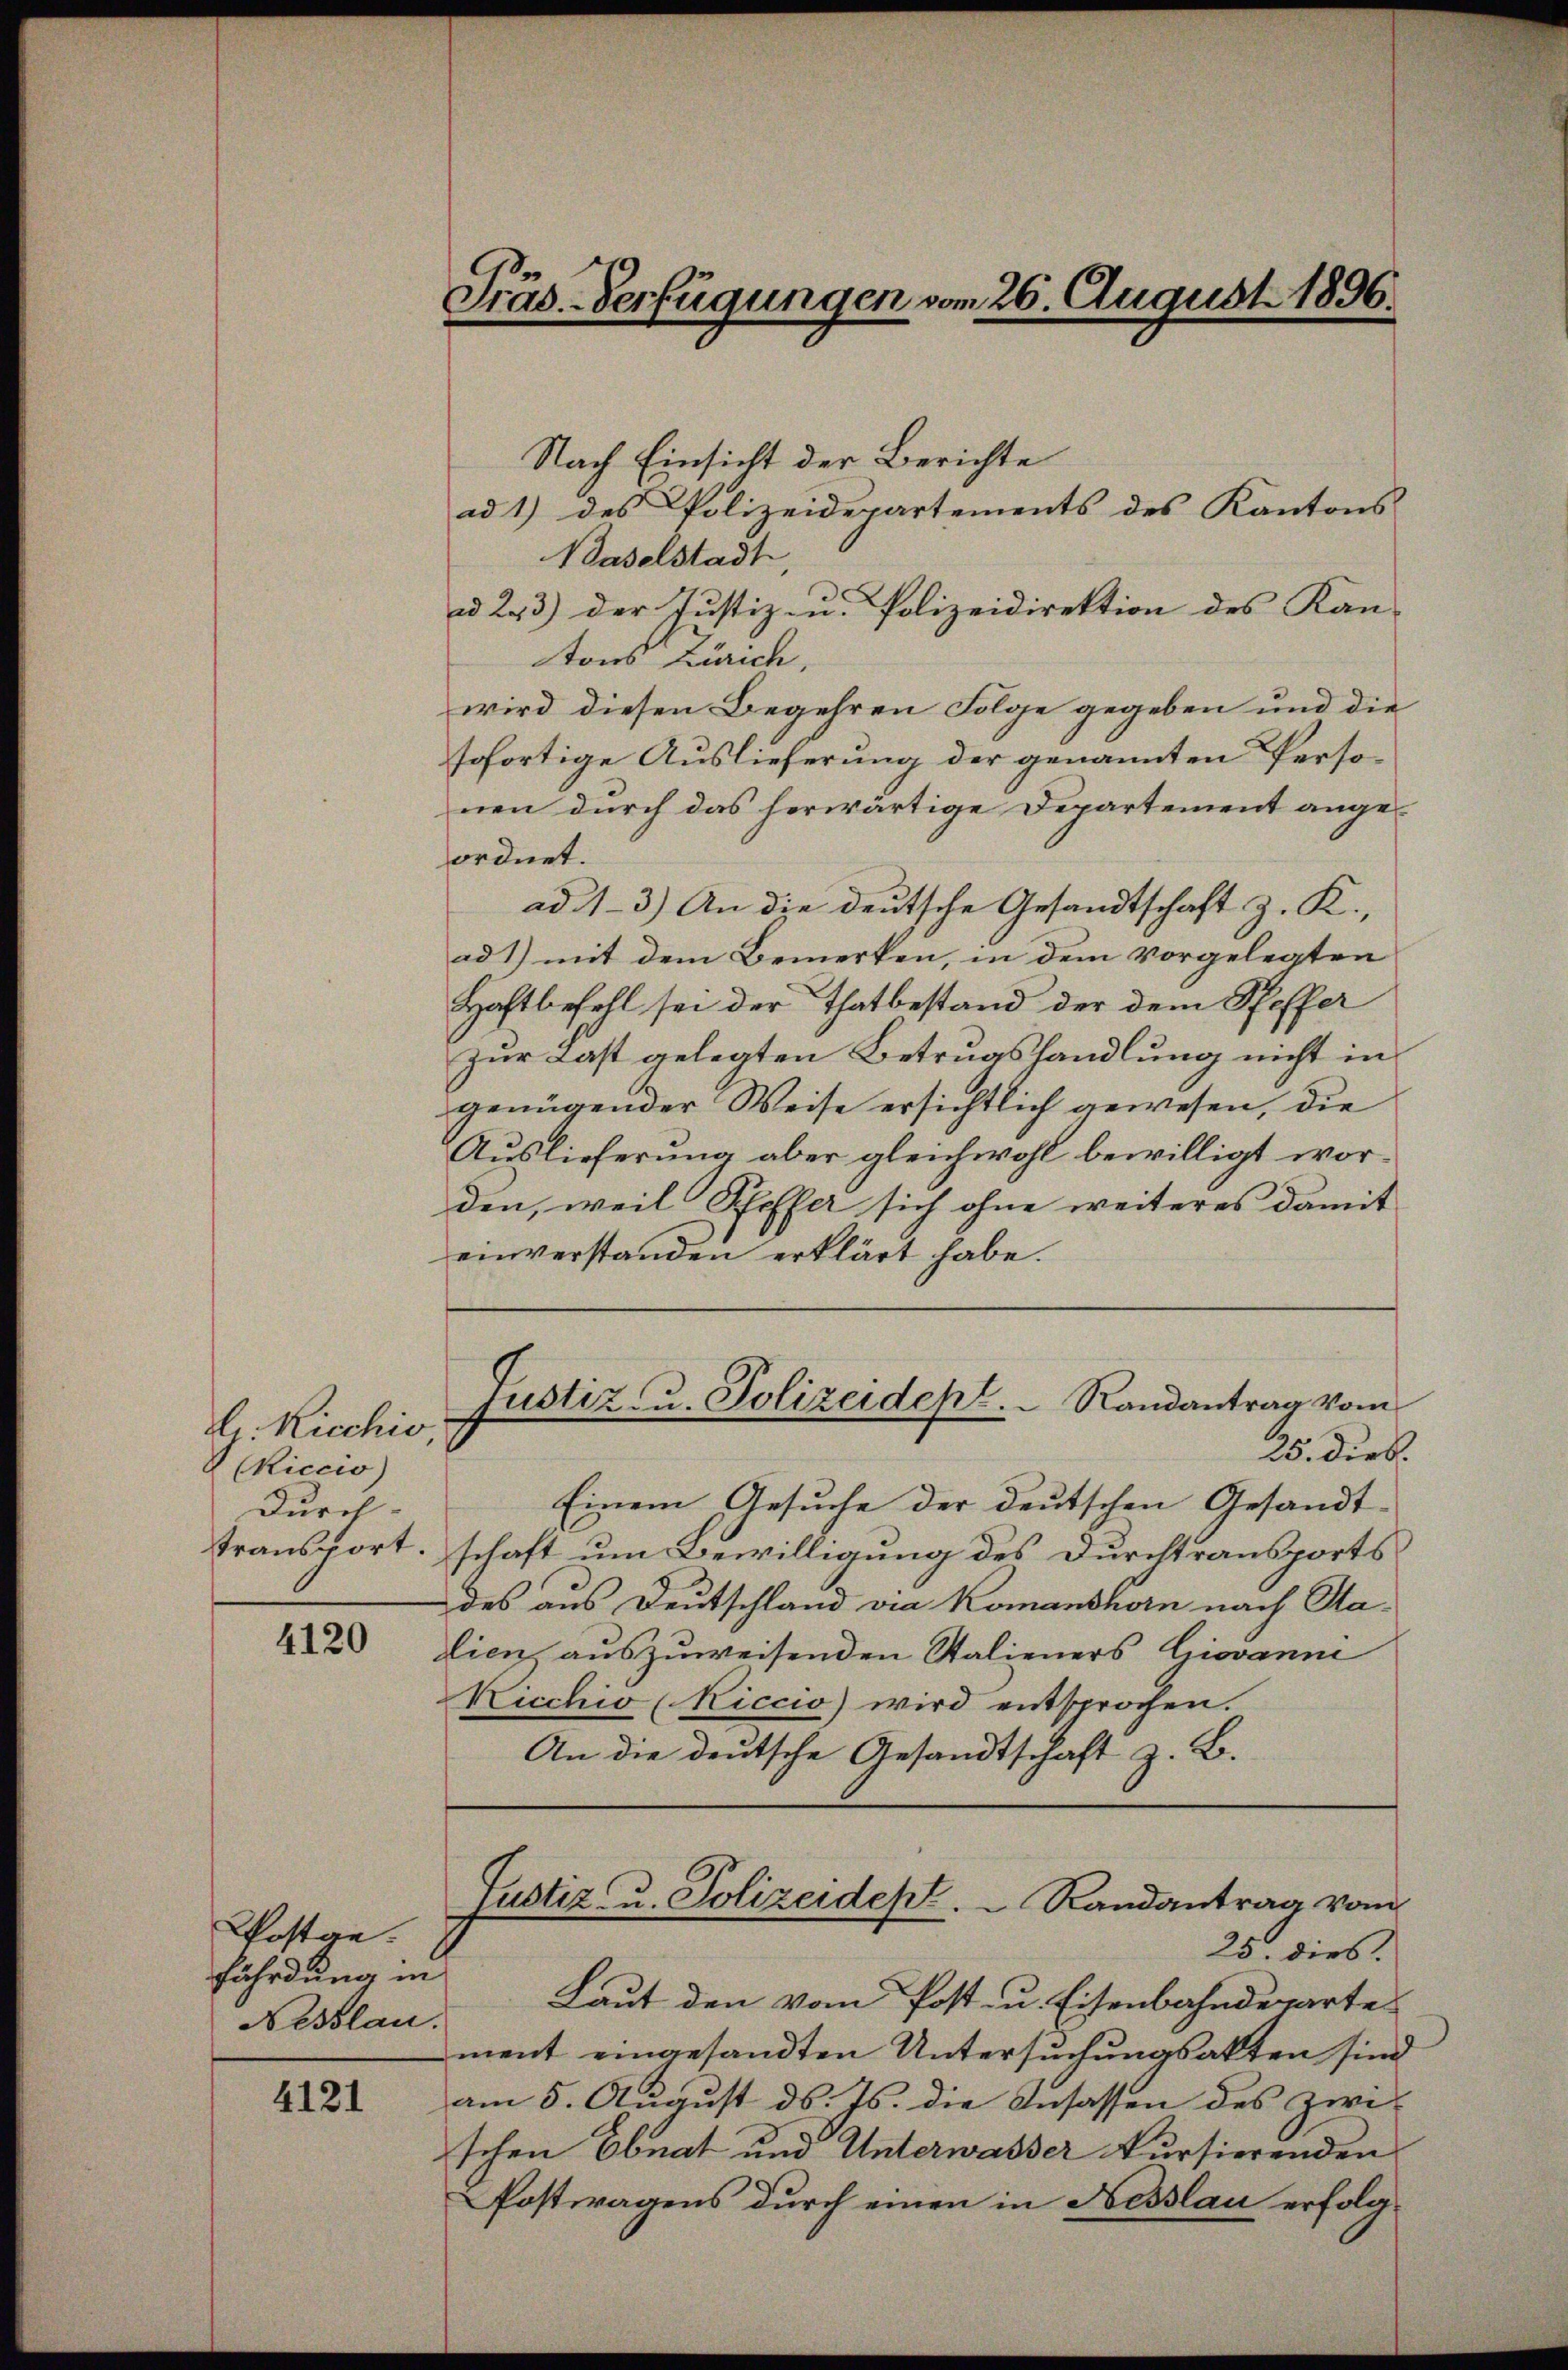
Dr. Ricchio
(Riccio)
Durch-
transport

4120

Postge.
fährdung in
Nesslau.

4121

Präs. Verfügungen vom 26. August 1896.

Nach Einsicht der Berichte
ad 1) des Polizeidepartements des Kantons
Baselstadt,
a 23) der Justiz- u. Polizeidirektion des Kan-
tons Zürich,
wird diesen Begehren Folge gegeben und die
sofortige Auslieferung der genannten Personen durch das herwärtige Departement angeordnet.
ad 1.- 3) An die deutsche Gesandtschaft z. K.,
ad 1) mit dem Bemerken, in dem vorgelegten
Haftbefohl sei der Thatbestand der dem Steffer
zur Last gelegten Betrugshandlung nicht in
genügender Weise ersichtlich gewesen, die
Auslieferung aber gleichwohl bewilligt worden, weil Pfeffer sich ohne weiteres damit
einverstanden erklärt habe.
Justiz- u. Polizeidept. Randantrag vom
25. Dieb.
Einem Gesuche der deutschen Gesandt-
schaft um Bewilligung des Durchtransports
des aus Deutschland via Komanshorn nach Sadien auszuweisenden Stalieners Giovanni
Kicchio (Riccio) wird entsprochen.
An die deutsche Gesandtschaft z. B.

Justiz- u. Polizeidept.  Randantrag vom
25. dies.

Laut den vom Post- u. Eisenbahndeparte
ment eingesandten Untersuchungsakten sind
am 5. August ds. Js. die Ansassen des zwi-
schen Ebnat und Unterwasser kursierenden
Postwagens durch einen in Hesslau erfolg¬